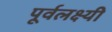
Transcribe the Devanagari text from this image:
पूर्वलक्ष्यी